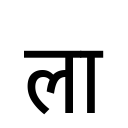
OCR:
ला